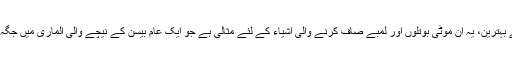
چھوٹی الماریوں کے لئے بہترین، یہ ان موٹی بوتلوں اور لمبے صاف کرنے والی اشیاء کے لئے مثالی ہے جو ایک عام بیسن کے نیچے والی الماری میں جگہ کو نگلنے جیسا لگتا ہے۔